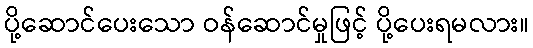
ပို့ဆောင်ပေးသော ဝန်ဆောင်မှုဖြင့် ပို့ပေးရမလား။